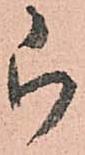
被